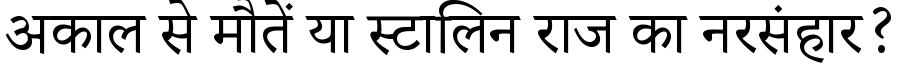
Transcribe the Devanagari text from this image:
अकाल से मौतें या स्टालिन राज का नरसंहार?